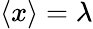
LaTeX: \langle x\rangle=\lambda